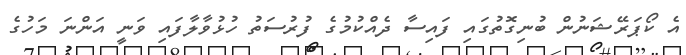
އެ ކޯޕަރޭޝަނުން ބުނިގޮތުގައި ފައިސާ ދެއްކުމުގެ ފުރުސަތު ހުޅުވާލާފައި ވަނީ އަންނަ މަހުގެ